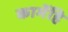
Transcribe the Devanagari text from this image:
कामेंहि